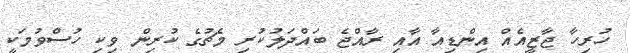
ހުރިހާ ޖާޒީއެއް އިންޑިއާ އާއި ރާއްޖެ ބައްދަލުކުރި މެޗުގެ ކުރިން ވިކި ހުސްވުމަކީ